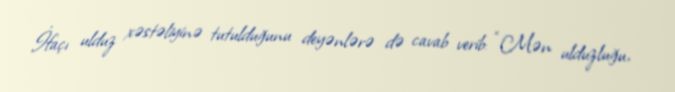
İfaçı ulduz xəstəliyinə tutulduğunu deyənlərə də cavab verib: “Mən ulduzluğu,